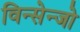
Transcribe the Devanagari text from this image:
विन्सेन्जो